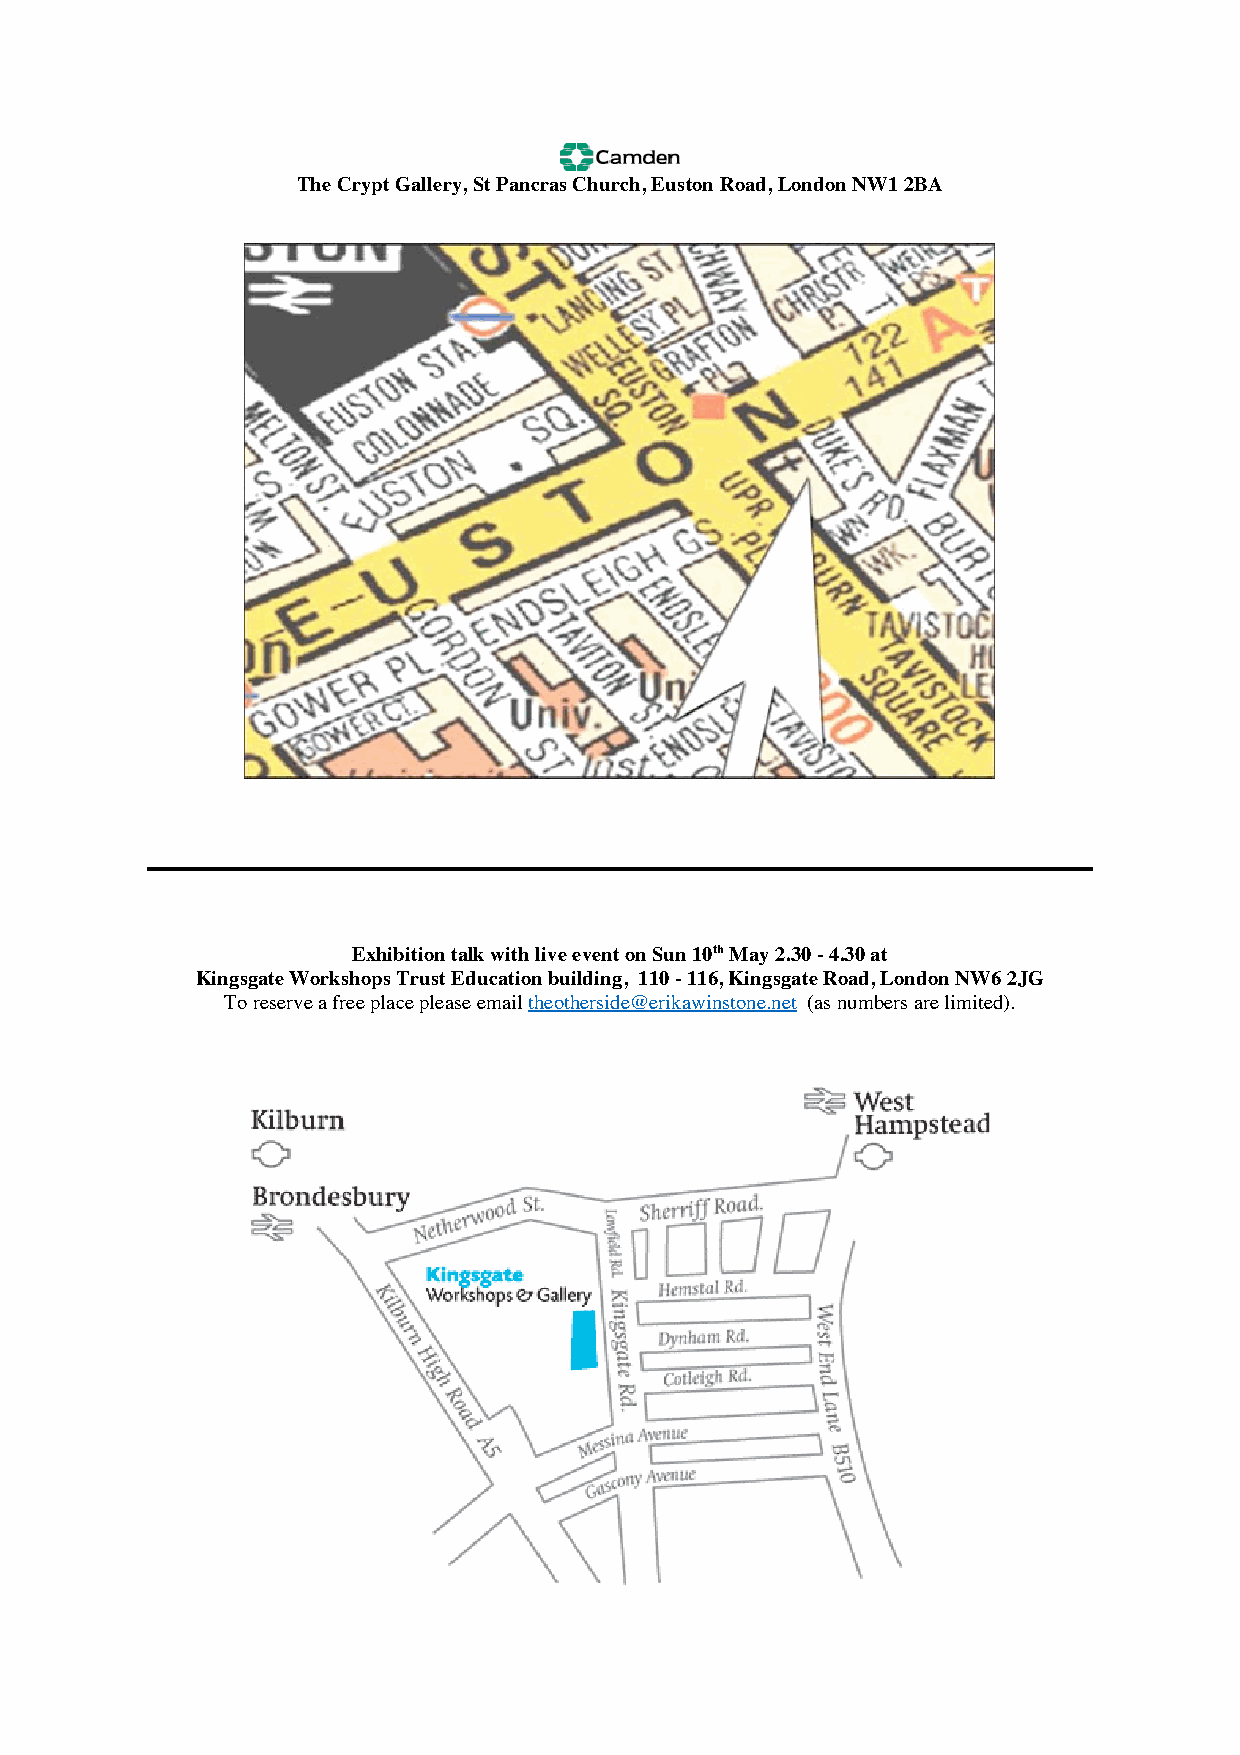
The Crypt Gallery, St Pancras Church, Euston Road, London NW1 2BA
 Exhibition talk with live event on Sun 10th May 2.30 - 4.30 at
 Kingsgate Workshops Trust Education building, 110 - 116, Kingsgate Road, London NW6 2JG
 To reserve a free place please email theotherside@erikawinstone.net (as numbers are limited).